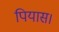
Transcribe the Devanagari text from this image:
पियास।